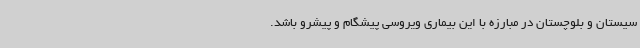
سیستان و بلوچستان در مبارزه با این بیماری ویروسی پیشگام و پیشرو باشد.